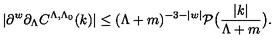
| \partial ^ { w } \partial _ { \Lambda } C ^ { \Lambda , \Lambda _ { 0 } } ( k ) | \le ( \Lambda + m ) ^ { - 3 - | w | } \mathcal { P } \bigl ( \frac { | k | } { \Lambda + m } \bigr ) .